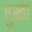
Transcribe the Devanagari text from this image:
गुम्वा